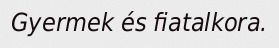
Gyermek és fiatalkora.